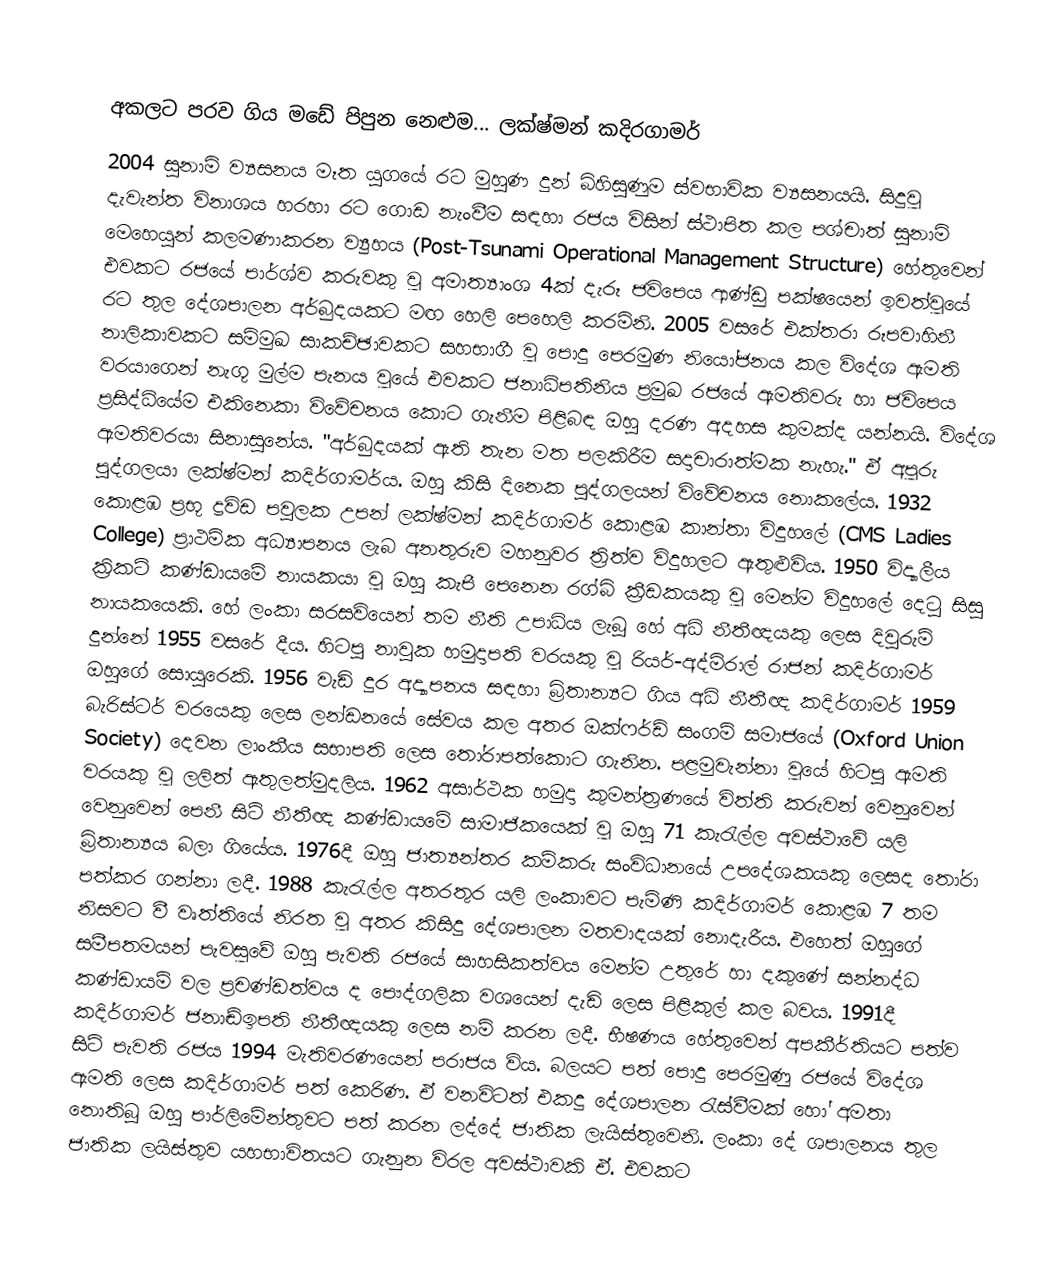

අකලට පරව ගිය මඩේ පිපුන නෙළුම... ලක්ෂ්මන් කදිරගාමර්
2004 සුනාමි ව්‍යසනය මෑත යුගයේ රට මුහුණ දුන් බිහිසුණුම ස්වභාවික ව්‍යසනයයි. සිදුවූ දැවැන්ත විනාශය හරහා රට ගොඩ නැංවීම සඳහා රජය විසින් ස්ථාපිත කල පශ්චාත් සුනාමි මෙහෙයුන් කලමණාකරන ව්‍යුහය (Post-Tsunami Operational Management Structure) හේතුවෙන් එවකට රජයේ පාර්ශ්ව කරුවකු වූ අමාත්‍යාංශ 4ක් දැරූ ජවිපෙය ආණ්ඩු පක්ෂයෙන් ඉවත්වූයේ රට තුල දේශපාලන අර්බුදයකට මඟ හෙලි පෙහෙලි කරමිනි. 2005 වසරේ එක්තරා රූපවාහිනී නාලිකාවකට සම්මුඛ සාකච්ඡාවකට සහභාගී වූ පොදු පෙරමුණ නියෝජනය කල විදේශ ඇමති වරයාගෙන් නැගූ මුල්ම පැනය වූයේ එවකට ජනාධිපතිනිය ප්‍රමුඛ රජයේ ඇමතිවරු හා ජවිපෙය ප්‍රසිද්ධියේම එකිනෙකා විවේචනය කොට ගැනීම පිළිබඳ ඔහු දරණ අදහස කුමක්ද යන්නයි. විදේශ ඇමතිවරයා සිනාසුනේය. "අර්බුදයක් ඇති තැන මත පලකිරීම සදාචාරාත්මක නැහැ." ඒ අපූරු පුද්ගලයා ලක්ෂ්මන් කදිර්ගාමර්ය. ඔහු කිසි දිනෙක පුද්ගලයන් විවේචනය නොකලේය. 1932 කොළඹ ප්‍රභූ ද්‍රවිඩ පවුලක උපන් ලක්ෂ්මන් කදිර්ගාමර් කොළඹ කාන්තා විදුහලේ (CMS Ladies College) ප්‍රාථමික අධ්‍යාපනය ලැබ අනතුරුව මහනුවර ත්‍රිත්ව විදුහලට ඇතුළුවිය. 1950 විද්‍යාලීය ක්‍රිකට් කණ්ඩායමේ නායකයා වූ ඔහු කැපී පෙනෙන රග්බි ක්‍රීඩකයකු වූ මෙන්ම විදුහලේ දෙටු සිසු නායකයෙකි. හේ ලංකා සරසවියෙන් තම නීති උපාධිය ලැබූ හේ අධි නීතීඥයකු ලෙස දිවුරුම් දුන්නේ 1955 වසරේ දීය. හිටපු නාවුක හමුදාපති වරයකු වූ රියර්-අද්මිරාල් රාජන් කදිර්ගාමර් ඔහුගේ සොයුරෙකි. 1956 වැඩි දුර අද්‍යාපනය සඳහා බ්‍රිතාන්‍යට ගිය අධි නීතීඥ කදිර්ගාමර් 1959 බැරිස්ටර් වරයෙකු ලෙස ලන්ඩනයේ සේවය කල අතර ඔක්ෆර්ඩ් සංගම් සමාජයේ (Oxford Union Society) දෙවන ලාංකීය සභාපති ලෙස තෝරාපත්කොට ගැනින. පළමුවැන්නා වූයේ හිටපු ඇමති වරයකු වූ ලලිත් ඇතුලත්මුදලිය. 1962 අසාර්ථක හමුදා කුමන්ත්‍රණයේ විත්ති කරුවන් වෙනුවෙන් වෙනුවෙන් පෙනී සිටි නීතීඥ කණ්ඩායමේ සාමාජිකයෙක් වූ ඔහු 71 කැරැල්ල අවස්ථාවේ යලි බ්‍රිතාන්‍යය බලා ගියේය. 1976දී ඔහු ජාත්‍යන්තර කම්කරු සංවිධානයේ උපදේශකයකු ලෙසද තෝරා පත්කර ගන්නා ලදී. 1988 කැරැල්ල අතරතුර යලි ලංකාවට පැමිණි කදිර්ගාමර් කොළඹ 7 තම නිසවට වී වෘත්තියේ නිරත වූ අතර කිසිදු දේශපාලන මතවාදයක් නොදැරීය. එහෙත් ඔහුගේ සමීපතමයන් පැවසූවේ ඔහු පැවති රජයේ සාහසිකත්වය මෙන්ම උතුරේ හා දකුණේ සන්නද්ධ කණ්ඩායම් වල ප්‍රචණ්ඩත්වය ද පෞද්ගලික වශයෙන් දැඩි ලෙස පිළිකුල් කල බවය. 1991දී කදිර්ගාමර් ජනාඬ්ඉපති නීතීඥයකු ලෙස නම් කරන ලදී. භීෂණය හේතුවෙන් අපකීර්තියට පත්ව සිටි පැවති රජය 1994 මැතිවරණයෙන් පරාජය විය. බලයට පත් පොදු පෙරමුණු රජයේ විදේශ ඇමති ලෙස කදිර්ගාමර් පත් කෙරිණ. ඒ වනවිටත් එකදු දේශපාලන රැස්වීමක් හෝ අමතා නොතිබූ ඔහු පාර්ලිමේන්තුවට පත් කරන ලද්දේ ජාතික ලැයිස්තුවෙනි. ලංකා දේ ශපාලනය තුල ජාතික ලයිස්තුව යහභාවිතයට ගැනුන විරල අවස්ථාවකි ඒ. එවකට